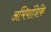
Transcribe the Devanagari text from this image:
अभियांत्रिकि